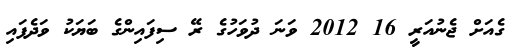
ގެއަށް ޖެނުއަރީ 16 2012 ވަނަ ދުވަހުގެ ރޭ ސިފައިންގެ ބަޔަކު ވަދެފައި